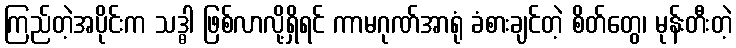
ကြည်တဲ့အပိုင်းက သဒ္ဓါ ဖြစ်လာလို့ရှိရင် ကာမဂုဏ်အာရုံ ခံစားချင်တဲ့ စိတ်တွေ၊ မုန်းတီးတဲ့